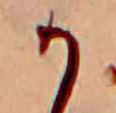
か